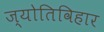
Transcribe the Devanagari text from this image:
ज्योतिविहार